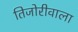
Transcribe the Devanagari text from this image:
तिजोरीवाला